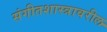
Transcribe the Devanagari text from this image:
संगीतशास्त्रावरील